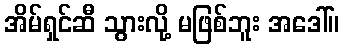
အိမ်ရှင်ဆီ သွားလို့ မဖြစ်ဘူး အဒေါ်။